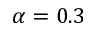
\alpha = 0 . 3